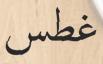
غطس